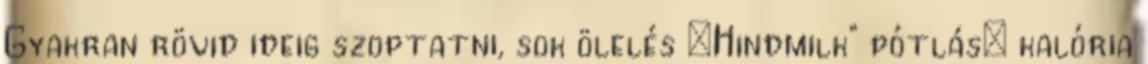
Gyakran rövid ideig szoptatni, sok ölelés „Hindmilk” pótlás: kalória